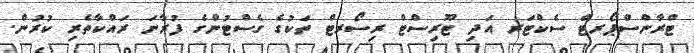
ޓްރާންސްޕޯރޓް ސެކްޓަރ އަދި ޓޫރިސްޓް ރިސޯރޓް ތަކުގެ ގެސްޓުންގެ ފުރާނަ ރައްކާތެރި ކުރުން.